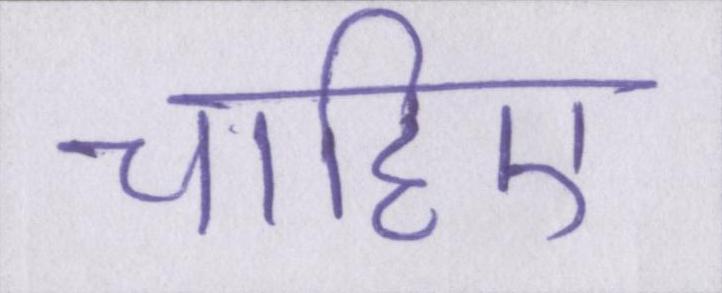
चाहिए